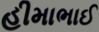
હીમાભાઈ